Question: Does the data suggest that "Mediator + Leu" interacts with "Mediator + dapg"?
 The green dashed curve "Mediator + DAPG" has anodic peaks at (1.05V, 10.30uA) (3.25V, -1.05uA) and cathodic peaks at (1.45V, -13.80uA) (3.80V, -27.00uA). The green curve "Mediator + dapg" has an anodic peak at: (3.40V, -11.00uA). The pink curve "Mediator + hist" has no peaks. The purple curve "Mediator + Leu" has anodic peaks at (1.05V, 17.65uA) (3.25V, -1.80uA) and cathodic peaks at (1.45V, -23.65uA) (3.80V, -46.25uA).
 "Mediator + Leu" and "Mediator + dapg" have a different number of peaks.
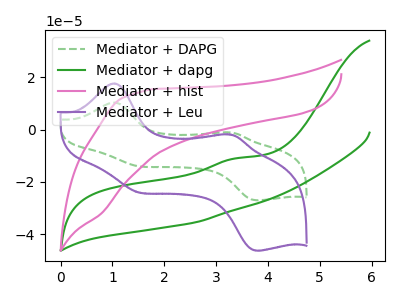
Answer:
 <answer>Yes, "Mediator + Leu" and "Mediator + dapg" are different in shape.</answer>
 <eval>yes_change</eval>